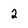
Character: 2